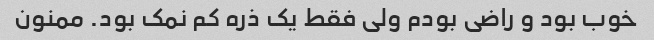
خوب بود و راضی بودم ولی فقط یک ذره کم نمک بود. ممنون